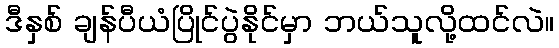
ဒီနှစ် ချန်ပီယံပြိုင်ပွဲနိုင်မှာ ဘယ်သူလို့ထင်လဲ။